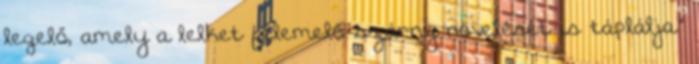
legelő, amely a lelket felemelő szárny növelését is táplálja.”